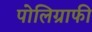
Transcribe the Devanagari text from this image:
पोलिग्राफी